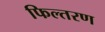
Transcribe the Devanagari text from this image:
फिल्तरण